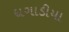
ધગાડીયા